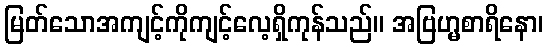
မြတ်သောအကျင့်ကိုကျင့်လေ့ရှိကုန်သည်။ အဗြဟ္မစာရိနော၊